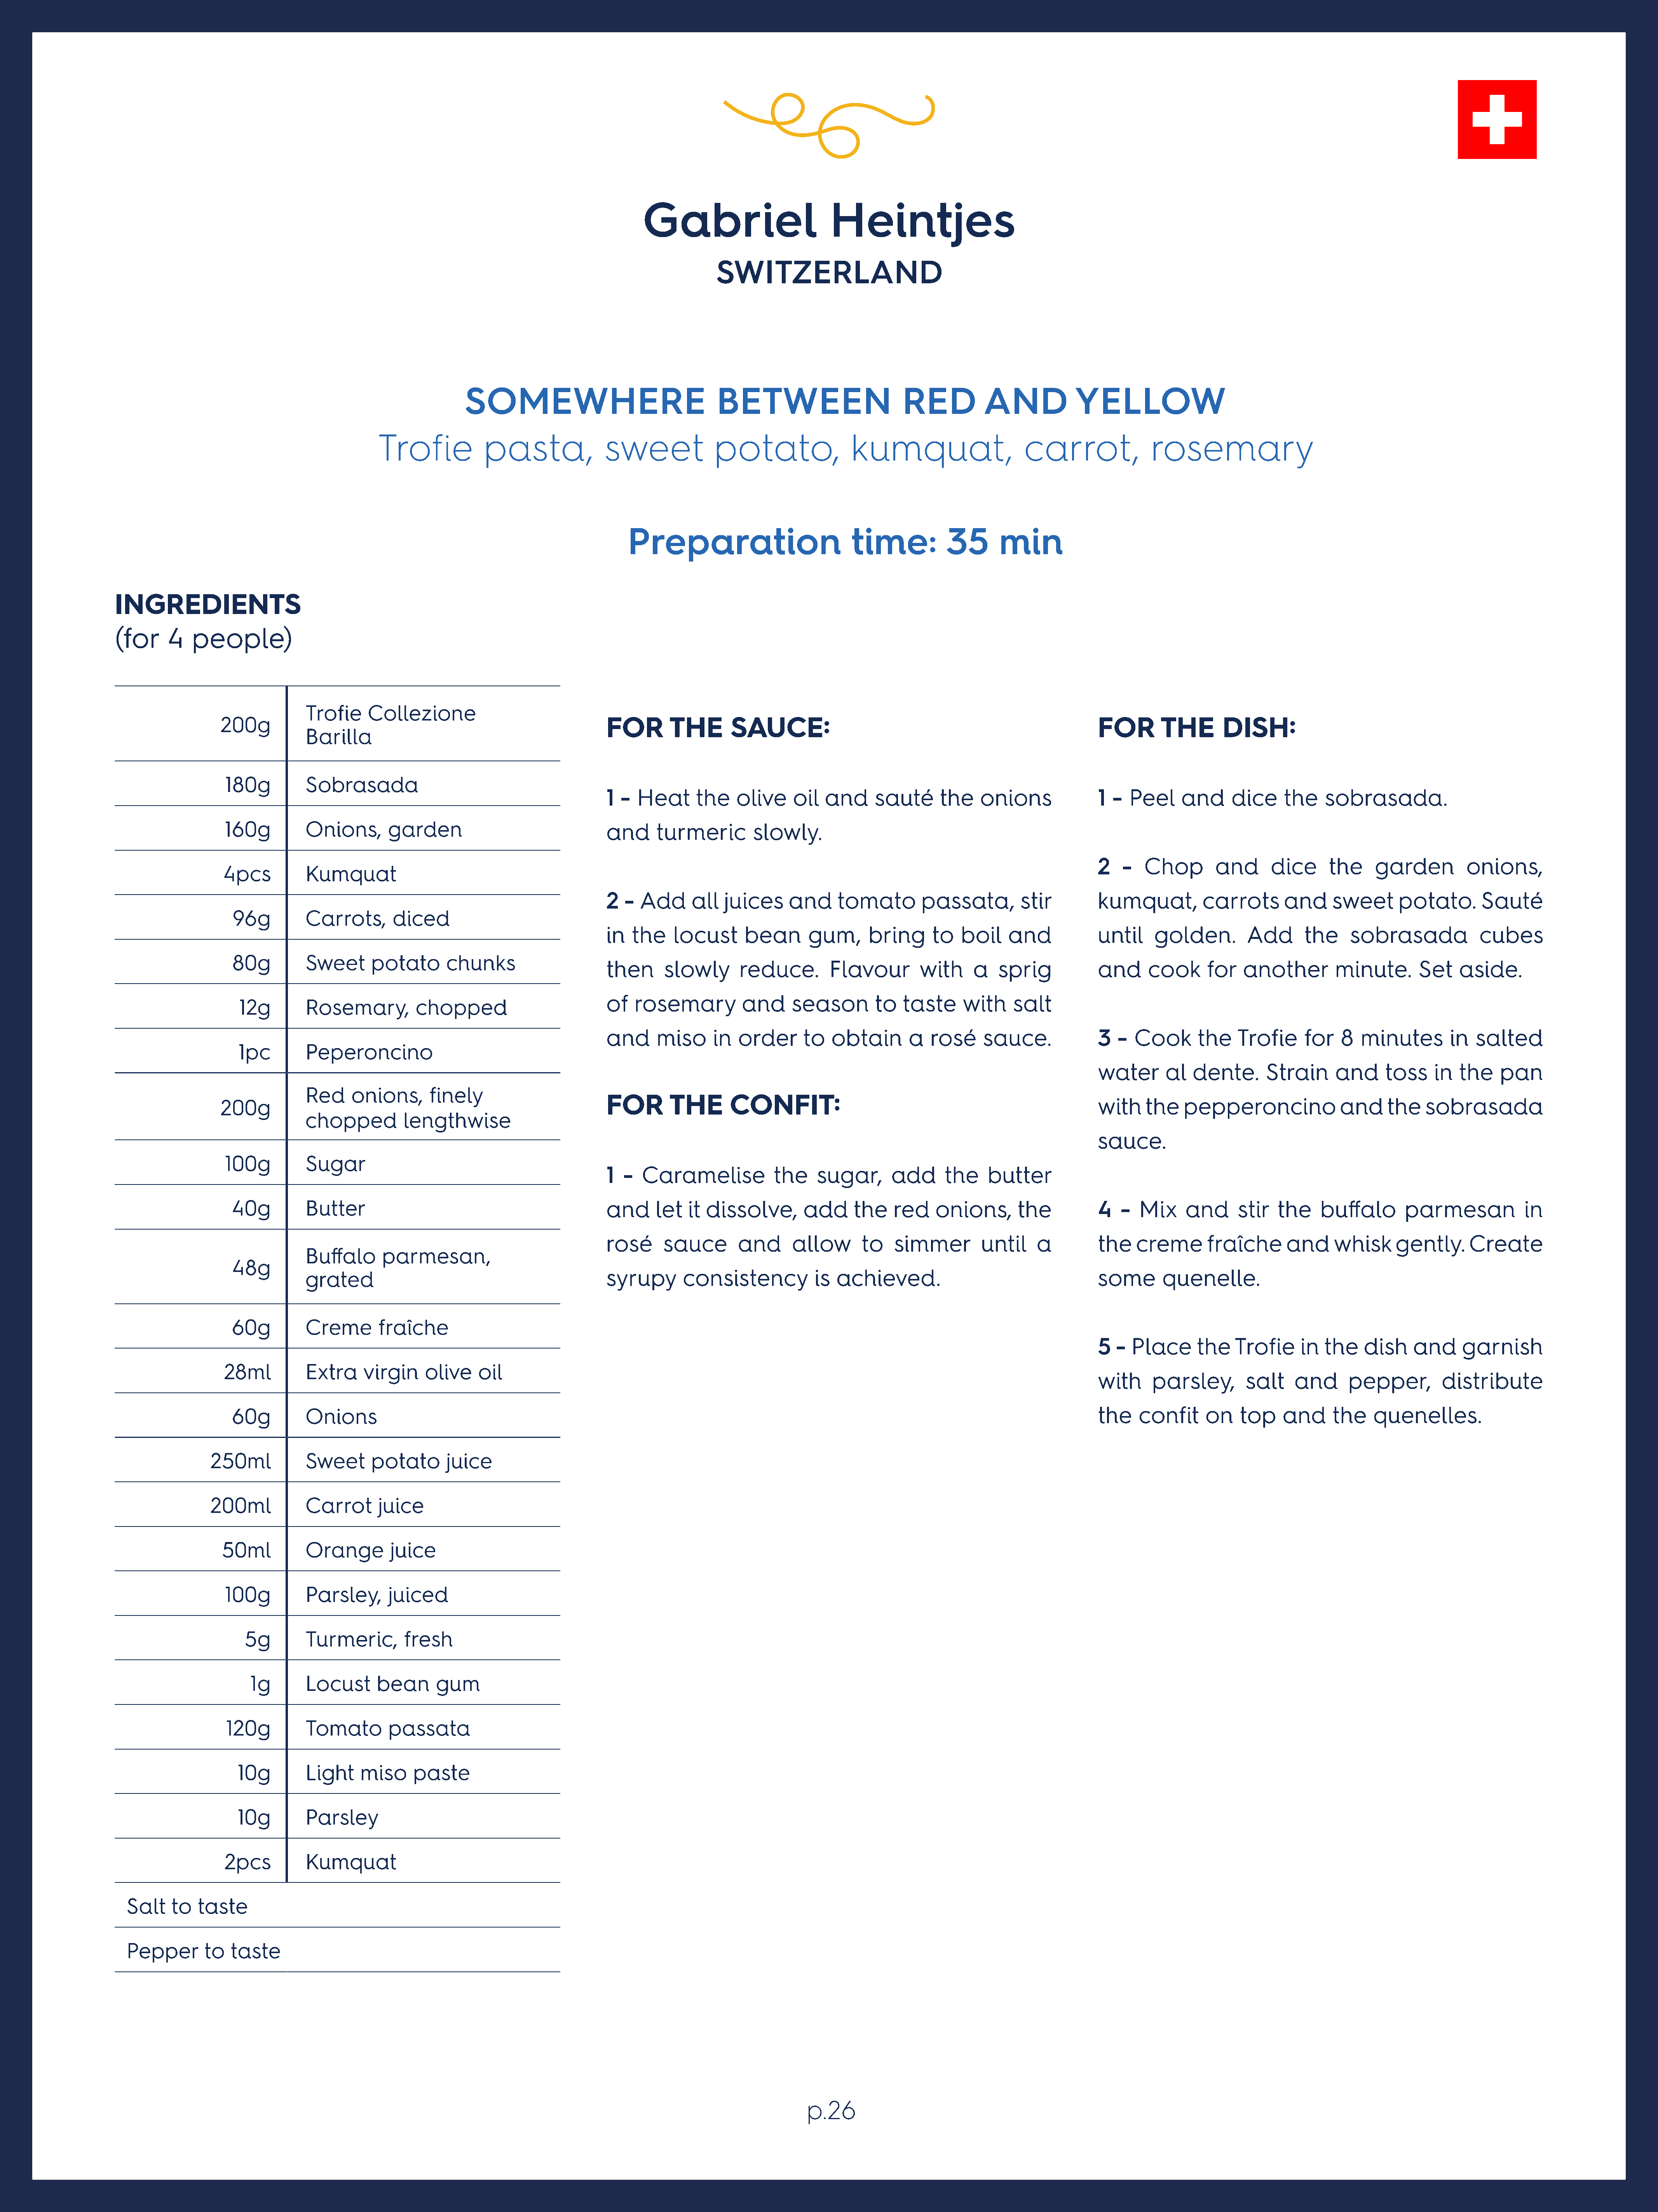
Gabriel                         Heintjes
 SWITZERLAND
 SOMEWHERE                                  BETWEEN                         RED           AND            YELLOW
 Trofie            pasta,               sweet              potato,                kumquat,                     carrot,               rosemary
 Preparation                           time:           35       min
 INGREDIENTS
 (for    4    people)
 Trofie     Collezione
 200g                                                             FOR        THE        SAUCE:                                                        FOR        THE       DISH:
 Barilla
 180g          Sobrasada
 1  - Heat       the   olive     oil  and      sauté      the    onions              1  - Peel     and      dice     the    sobrasada.
 160g          Onions,       garden                               and      turmeric        slowly.
 2   -   Chop        and      dice      the     garden          onions,
 4pcs          Kumquat
 2  -  Add      all  juices     and      tomato        passata,         stir         kumquat,          carrots       and     sweet      potato.       Sauté
 96g         Carrots,       diced
 in   the    locust      bean       gum,      bring      to   boil    and            until     golden.        Add       the     sobrasada             cubes
 80g         Sweet      potato       chunks
 then      slowly       reduce.        Flavour         with     a   sprig            and      cook      for   another        minute.        Set    aside.
 of   rosemary          and      season        to   taste     with     salt
 12g        Rosemary,          chopped
 and      miso     in   order      to   obtain       a  rosé     sauce.              3  -  Cook       the    Trofie     for   8   minutes        in  salted
 1pc        Peperoncino
 water       al  dente.       Strain     and      toss    in   the    pan
 Red     onions,      finely
 FOR        THE       CONFIT:
 200g                                                                                                                                                 with    the    pepperoncino              and     the    sobrasada
 chopped          lengthwise
 sauce.
 100g          Sugar
 1  -  Caramelise             the    sugar,       add      the    butter
 40g          Butter                                             and      let  it dissolve,        add     the    red    onions,       the           4   -  Mix     and      stir   the    buffalo       parmesan             in
 rosé      sauce        and      allow       to   simmer         until     a         the    creme       fraîche      and     whisk      gently.     Create
 Buffalo      parmesan,
 48g
 grated                                             syrupy       consistency            is achieved.                                    some       quenelle.
 60g          Creme       fraîche
 5  -  Place      the   Trofie      in  the   dish     and     garnish
 28ml          Extra     virgin    olive    oil
 with     parsley,        salt     and      pepper,         distribute
 60g          Onions                                                                                                                                 the    confit     on    top    and      the    quenelles.
 250ml           Sweet      potato       juice
 200ml           Carrot      juice
 50ml          Orange        juice
 100g          Parsley,      juiced
 5g        Turmeric,        fresh
 1g       Locust      bean      gum
 120g          Tomato        passata
 10g         Light    miso     paste
 10g         Parsley
 2pcs          Kumquat
 Salt   to   taste
 Pepper       to  taste
 p.26